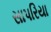
સાપરિયા